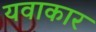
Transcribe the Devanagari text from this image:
यवाकार